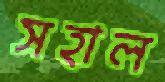
সহাল